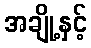
အချို့နှင့်